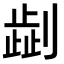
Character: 𠟞